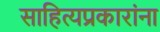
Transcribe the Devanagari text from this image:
साहित्यप्रकारांना